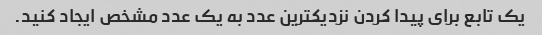
یک تابع برای پیدا کردن نزدیکترین عدد به یک عدد مشخص ایجاد کنید.